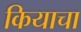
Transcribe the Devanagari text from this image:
कियाचा